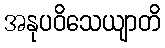
အနုပဝိသေယျာတိ